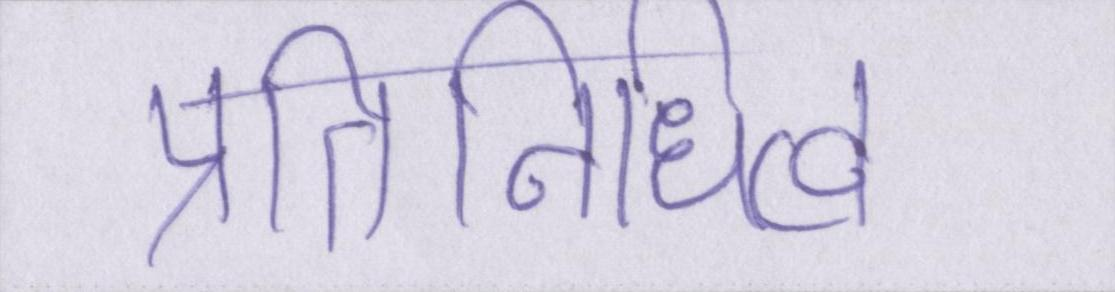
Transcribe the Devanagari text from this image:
प्रतिनिधित्व